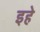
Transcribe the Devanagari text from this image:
इहे